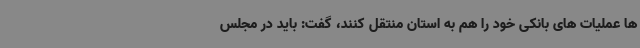
ها عملیات های بانکی خود را هم به استان منتقل کنند، گفت: باید در مجلس